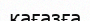
кағазға